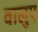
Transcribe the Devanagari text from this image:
वालुए